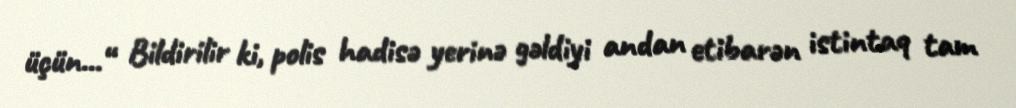
üçün...“ Bildirilir ki, polis hadisə yerinə gəldiyi andan etibarən istintaq tam